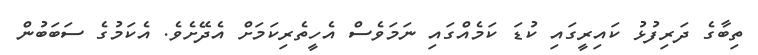
ތިބާގެ ދަރިފުޅު ކައިރީގައި ކުޑަ ކަމެއްގައި ނަމަވެސް އެހީތެރިކަމަށް އެދޭށެވެ. އެކަމުގެ ސަބަބުން